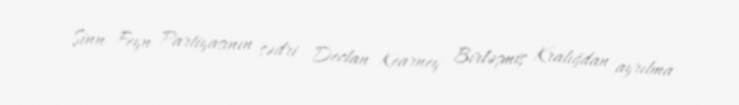
Şinn Feyn Partiyasının sədri Declan Kearney Birləşmiş Kralığdan ayrılma